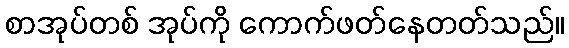
စာအုပ်တစ် အုပ်ကို ကောက်ဖတ်နေတတ်သည်။